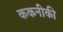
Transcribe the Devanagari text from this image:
ककनीकी